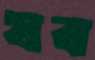
যব